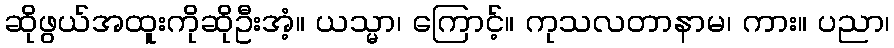
ဆိုဖွယ်အထူးကိုဆိုဦးအံ့။ ယသ္မာ၊ ကြောင့်။ ကုသလတာနာမ၊ ကား။ ပညာ၊